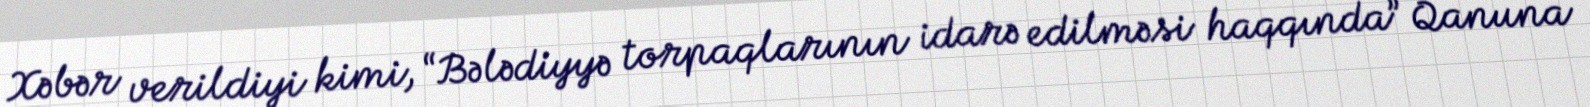
Xəbər verildiyi kimi, “Bələdiyyə torpaqlarının idarə edilməsi haqqında” Qanuna